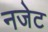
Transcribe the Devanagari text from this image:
नजेट